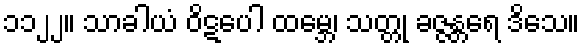
၁၁၂၂။ သာခါယံ ဝိဋပေါ ထမ္ဘေ၊ သတ္တု ခဇ္ဇန္တရေ ဒိသေ။